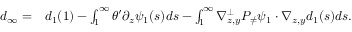
\begin{array} { r } { \begin{array} { r l } { d _ { \infty } = } & { { } d _ { 1 } ( 1 ) - \int _ { 1 } ^ { \infty } \theta ^ { \prime } \partial _ { z } \psi _ { 1 } ( s ) d s - \int _ { 1 } ^ { \infty } \nabla _ { z , y } ^ { \bot } P _ { \neq } \psi _ { 1 } \cdot \nabla _ { z , y } d _ { 1 } ( s ) d s . } \end{array} } \end{array}